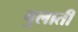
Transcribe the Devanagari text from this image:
बुलातीं